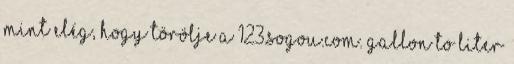
mint elég, hogy törölje a 123.sogou.com. Gallon to Liter